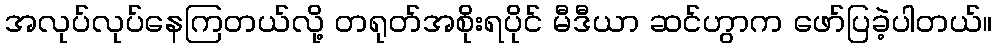
အလုပ်လုပ်နေကြတယ်လို့ တရုတ်အစိုးရပိုင် မီဒီယာ ဆင်ဟွာက ဖော်ပြခဲ့ပါတယ်။